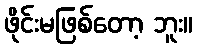
ဖိုင်းမဖြစ်တော့ ဘူး။